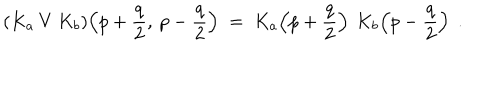
( K _ { a } \: V \: K _ { b } ) \! \left( p + \frac { q } { 2 } , \: p - \frac { q } { 2 } \right) \; = \; K _ { a } \! \left( p + \frac { q } { 2 } \right) \: K _ { b } \! \left( p - \frac { q } { 2 } \right) \; .